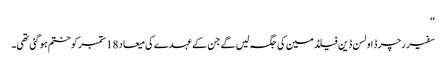
‘‘
سفیر رچرڈ اولسن ڈین فیلڈمین کی جگہ لیں گے جن کے عہدے کی میعاد 18 ستمبر کو ختم ہو گئی تھی۔